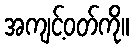
အကျင့်ဝတ်ကို။